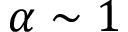
\alpha \sim 1